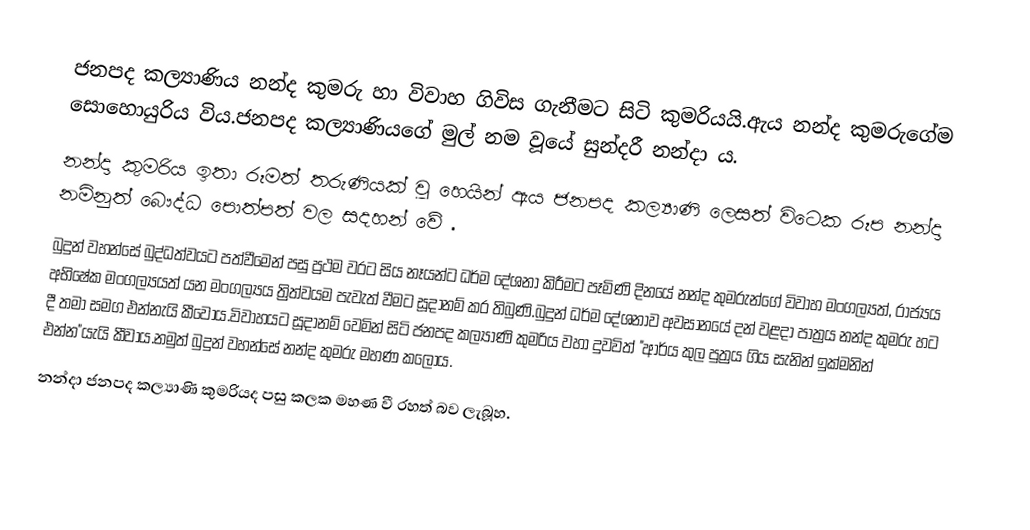
ජනපද කල්‍යාණිය නන්ද කුමරු හා විවාහ ගිවිස ගැනීමට සිටි කුමරියයි.ඇය නන්ද කුමරුගේම සොහොයුරිය විය.ජනපද කල්‍යාණියගේ මුල් නම වූයේ සුන්දරී නන්දා ය.
නන්දා කුමරිය ඉතා රූමත් තරුණියක් වූ හෙයින් ඇය ජනපද කල්‍යාණි  ලෙසත් විටෙක රූප නන්දා නමිනුත් බෞද්ධ පොත්පත් වල සදහන් වේ .
බුදුන් වහන්සේ බුද්ධත්වයට පත්වීමෙන් පසු ප්‍රථම වරට සිය නෑයන්ට ධර්ම දේශනා කිරීමට පෑමිණි දිනයේ නන්ද කුමරුන්ගේ විවාහ මංගල්‍යත්, රාජ්‍යය අභිෂේක මංගල්‍යයත් යන මංගල්‍යය ත්‍රිත්වයම පැවැත් වීමට සූදානම් කර තිබුණි.බුදුන් ධර්ම දේශනාව අවසානයේ දන් වළදා පාත්‍රය නන්ද කුමරු හට දී තමා සමග එන්නැයි කීවෝය.විවාහයට සූදානම් වෙමින් සිටි ජනපද කල්‍යාණි කුමරිය වහා දුවවිත් "ආර්ය කුල පුත්‍රය ගිය සැනින් ඉක්මනින් එන්න"යැයි කීවාය.නමුත් බුදුන් වහන්සේ නන්ද කුමරු මහණ කලෝය.
නන්දා ජනපද කල්‍යාණි කුමරියද පසු කලක මහණ වී රහත් බව ලැබූහ.